Vaccination United Provinces of Agra and Oudh 1902-1913 - 1902-1913
Year: 1902
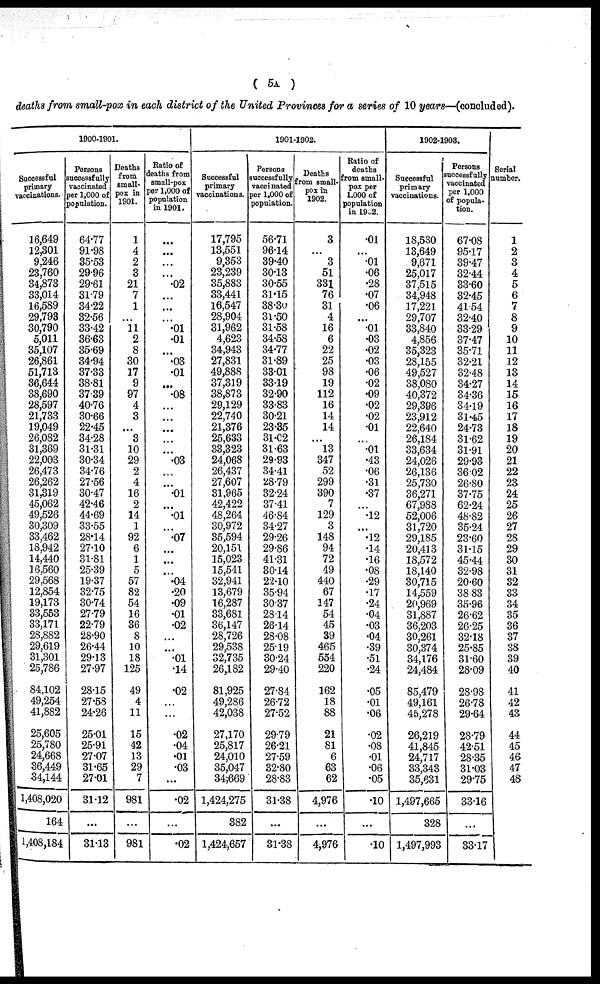
( 5A. )
deaths from small-pox in each district of the United Provinces for a series of 10 years—(conoluded).
1900-1901.
Successful
primary
vaccinations.
16,649
12,301
9,246
23,760
34,873
33,014
16,589
29,793
30,790
5,011
35,107
26,861
51,713
36,644
38,690
28,597
21,733
19,049
26,082
31,369
22,003
26,473
26,262
31,319
45,062
49,526
30,309
33,462
18,942
14,440
16,560
29,568
12,854
19,173
33,553
33,171
28,882
29,619
31,301
25,786
84,102
49,254
41,882
25,605
25,780
24,668
36,449
34,144
1,408,020
164
1,408,184
Persons
successfully
vaccinated
per 1,000 of
population.
64.77
91.98
35.53
29.96
29.61
31.79
34.22
32.56
33.42
36.63
35.69
34.94
37.33
38.81
37.39
40.76
30.66
22.45
34.28
31.31
30.34
34.76
27.56
30.47
42.46
44.69
33.55
28.14
27.10
31.81
25.39
19.37
32.75
30.74
27.79
22.79
28.90
26.44
29.13
27.97
28.15
27.58
24.26
25.01
25.91
27.07
31.65
27.01
31.12
...
31.13
Deaths
from
small-
pox in
1901.
1
4
2
3
21
7
1
...
11
2
8
30
17
9
97
4
3
...
3
10
29
2
4
16
2
14
1
92
6
1
5
57
82
54
16
36
8
10
18
125
49
4
11
15
42
13
29
7
981
...
981
Ratio of
deaths from
small-pox
per 1,000 of
population
in 1901.
...
...
...
...
.02
...
...
...
.01
.01
...
.03
.01
...
.08
...
...
...
...
...
.03
...
...
.01
...
.01
...
.07
...
...
...
.04
.20
.09
.01
.02
...
...
.01
.14
.02
...
...
.02
.04
.01
.03
...
.02
...
.02
1901-1902.
Successful
primary
vaccinations.
17,795
13,551
9,353
23,239
35,883
33,441
16,547
28,904
31,962
4,623
34,943
27,831
49,888
37,319
38,873
29,129
22,740
21,376
25,633
33,323
24,068
26,437
27,607
31,965
42,422
48,264
30,972
35,594
20,151
15,023
15,541
32,941
13,679
16,287
33,681
36,147
28,726
29,538
32,735
26,182
81,925
49,286
42,038
27,170
25,817
24,010
35,047
34,669
1,424,275
382
1,424,657
Persons
successfully
vaccinated
per 1,000 of
population.
56.71
96.14
39.40
30.13
30.55
31.15
38.30
31.50
31.58
34.58
34.77
31.89
33.01
33.19
32.90
33.83
30.21
23.35
31.02
31.63
29.93
34.41
28.79
32.24
37.41
46.84
34.27
29.26
29.86
41.31
30.14
22.10
35.94
30.37
28.14
26.14
28.08
25.19
30.24
29.40
27.84
26.72
27.52
29.79
26.21
27.59
32.80
28.83
31.38
...
31.38
Deaths
from small-
pox in
1902.
3
...
3
51
331
76
31
4
16
6
22
25
98
19
112
16
14
14
...
13
347
52
299
390
7
129
3
148
94
72
49
440
67
147
54
45
39
465
554
220
162
18
88
21
81
6
63
62
4,976
...
4,976
Ratio of
deaths
from small-
pox per
1,000 of
population
in 1902.
.01
...
.01
.06
.28
.07
.06
...
.01
.03
.02
.03
.06
.02
.09
.02
.02
.01
...
.01
.43
.06
.31
.37
...
.12
...
.12
.14
.16
.08
.29
.17
.24
.04
.03
.04
.39
.51
.24
.05
.01
.06
.02
.08
.01
.06
.05
.10
...
.10
1902.1903.
Successful
primary
vaccinations.
18,530
13,649
9,671
25,017
37,515
34,948
17,221
29,707
33,840
4,856
35,323
28,155
49,527
38,080
40,372
29,396
23,912
22,640
26,184
33,634
24,026
26,136
25,730
36,271
67,988
52,006
31,720
29,185
20,413
18,572
18,140
30,715
14,559
20,969
31,887
36,203
30,261
30,374
34,176
24,484
85,479
49,161
45,278
26,219
41,845
24,717
33,343
35,631
1,497,665
328
1,497,993
Persons
successfully
vaccinated
per 1,000
of popula-
tion.
67.08
95.17
39.47
32.44
33.60
32.45
41.54
32.40
33.29
37.47
35.71
32.21
32.48
34.27
34.36
34.19
31.45
24.73
31.62
31.91
29.93
36.02
26.80
37.75
62.24
48.82
35.24
23.60
31.15
45.44
32.98
20.60
38.83
35.96
26.62
26.25
32.18
25.85
31.60
28.09
28.98
26.78
29.64
28.79
42.51
28.35
31.03
29.75
33.16
...
33.17
Serial
number.
1
2
3
4
5
6
7
8
9
10
11
12
13
14
15
16
17
18
19
20
21
22
23
24
25
26
27
28
29
30
31
32
33
34
35
36
37
38
39
40
41
42
43
44
45
46
47
48